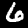
Label: 6